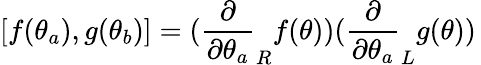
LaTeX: [f(\theta_{a}),g(\theta_{b})]=(\frac{\partial}{\partial\theta_{a}}_{R}f(\theta))(\frac{\partial}{\partial\theta_{a}}_{L}g(\theta))\,